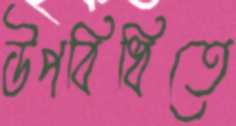
উপবিধিতে